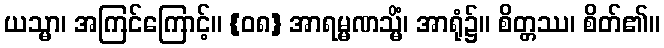
ယသ္မာ၊ အကြင်ကြောင့်။ {၀၈} အာရမ္မဏသ္မိံ၊ အာရုံ၌။ စိတ္တဿ၊ စိတ်၏။